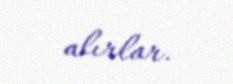
alırlar.